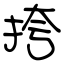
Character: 挎